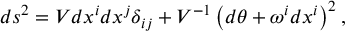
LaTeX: d s ^ { 2 } = V d x ^ { i } d x ^ { j } \delta _ { i j } + V ^ { - 1 } \left( d \theta + \omega ^ { i } d x ^ { i } \right) ^ { 2 } ,